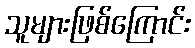
သူများဖြစ်ကြောင်း